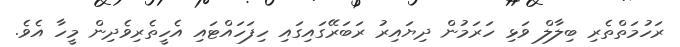
ރަހުމަތްތެރި ބިލާލް ވަޅި ހަރަމުން ދިޔައިރު ރަބަރޭގައިގައި ހިފަހައްޓައި އެހީތެރިވެދިން މީހާ އެވެ.